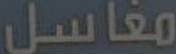
مغاسل